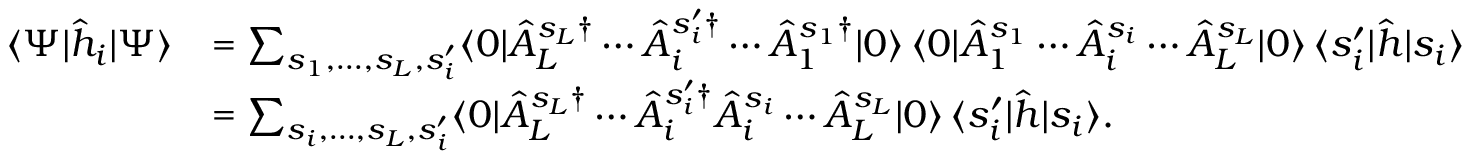
\begin{array} { r l } { \langle \Psi | \hat { h } _ { i } | \Psi \rangle } & { \stackrel { = } \textstyle \sum _ { s _ { 1 } , \dotsc , s _ { L } , s _ { i } ^ { \prime } } \langle 0 | \hat { A } _ { L } ^ { s _ { L } \dag } \dotsb \hat { A } _ { i } ^ { s _ { i } ^ { \prime } \dag } \dotsb \hat { A } _ { 1 } ^ { s _ { 1 } \dag } | 0 \rangle \, \langle 0 | \hat { A } _ { 1 } ^ { s _ { 1 } } \dotsb \hat { A } _ { i } ^ { s _ { i } } \dotsb \hat { A } _ { L } ^ { s _ { L } } | 0 \rangle \, \langle s _ { i } ^ { \prime } | \hat { h } | s _ { i } \rangle } \\ & { \stackrel { = } \textstyle \sum _ { s _ { i } , \dotsc , s _ { L } , s _ { i } ^ { \prime } } \langle 0 | \hat { A } _ { L } ^ { s _ { L } \dag } \dotsb \hat { A } _ { i } ^ { s _ { i } ^ { \prime } \dag } \hat { A } _ { i } ^ { s _ { i } } \dotsb \hat { A } _ { L } ^ { s _ { L } } | 0 \rangle \, \langle s _ { i } ^ { \prime } | \hat { h } | s _ { i } \rangle . } \end{array}